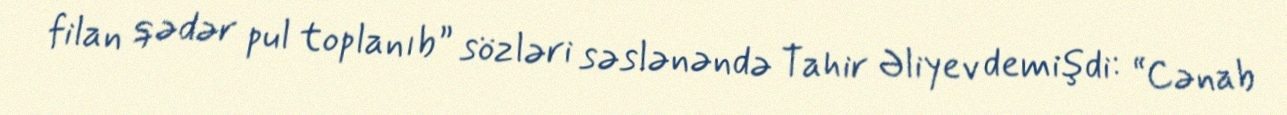
filan qədər pul toplanıb” sözləri səslənəndə Tahir Əliyev demişdi: “Cənab